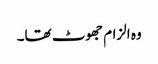
وہ الزام جھوٹ تھا۔